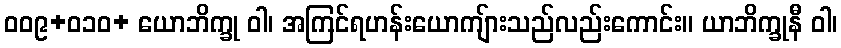
ဝဝ၉+၀၁ဝ+ ယောဘိက္ခု ဝါ၊ အကြင်ရဟန်းယောကျ်ားသည်လည်းကောင်း။ ယာဘိက္ခုနီ ဝါ၊